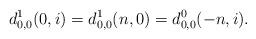
LaTeX: \begin{align*}d^1_{0,0}(0,i)=d^1_{0,0}(n,0)=d^0_{0,0}(-n,i).\end{align*}